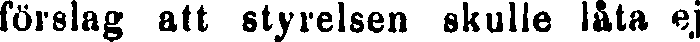
förslag att styrelsen skulle låta ej